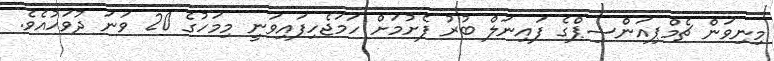
މިނިވަން ޗެމްޕިއަންޝިޕްގެ ފައިނަލް ބުރު ފެށުމަށް ހަމަޖެހިފައިވަނީ މިމަހުގެ 20 ވަނަ ދުވަހުއެވެ.